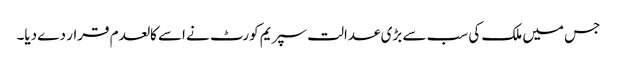
جس میں ملک کی سب سے بڑی عدالت سپریم کورٹ نے اسے کالعدم قرار دے دیا۔